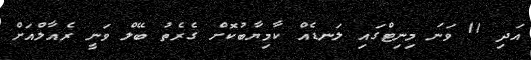
އަދި 11 ވަނަ މިނިޓްގައި ލަނޑެއް ކާމިޔާބުކޮށް ގެރެތު ބޭލް ވަނީ ރެއާލްއަށް